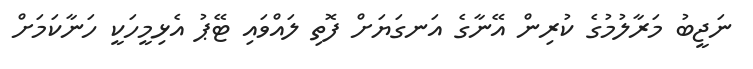
ނަޖީބު މަރާލުމުގެ ކުރިން އޭނާގެ އަނގަޔަށް ފޮތި ލައްވައި ޓޭޕު އެޅިމީހަކީ ހަނާކަމަށް